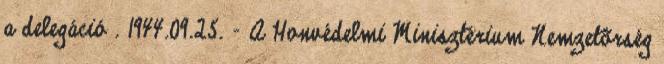
a delegáció . 1944.09.25. - A Honvédelmi Minisztérium Nemzetõrség